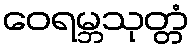
ဝေရမ္ဘသုတ္တံ